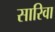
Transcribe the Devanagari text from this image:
सारिवा